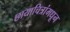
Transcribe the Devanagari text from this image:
छायाचित्रांमधून